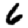
Digit: 6